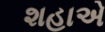
શહાએ